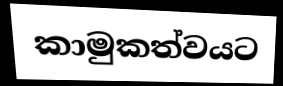
කාමුකත්වයට